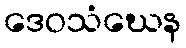
ဒေဝသံဃေန